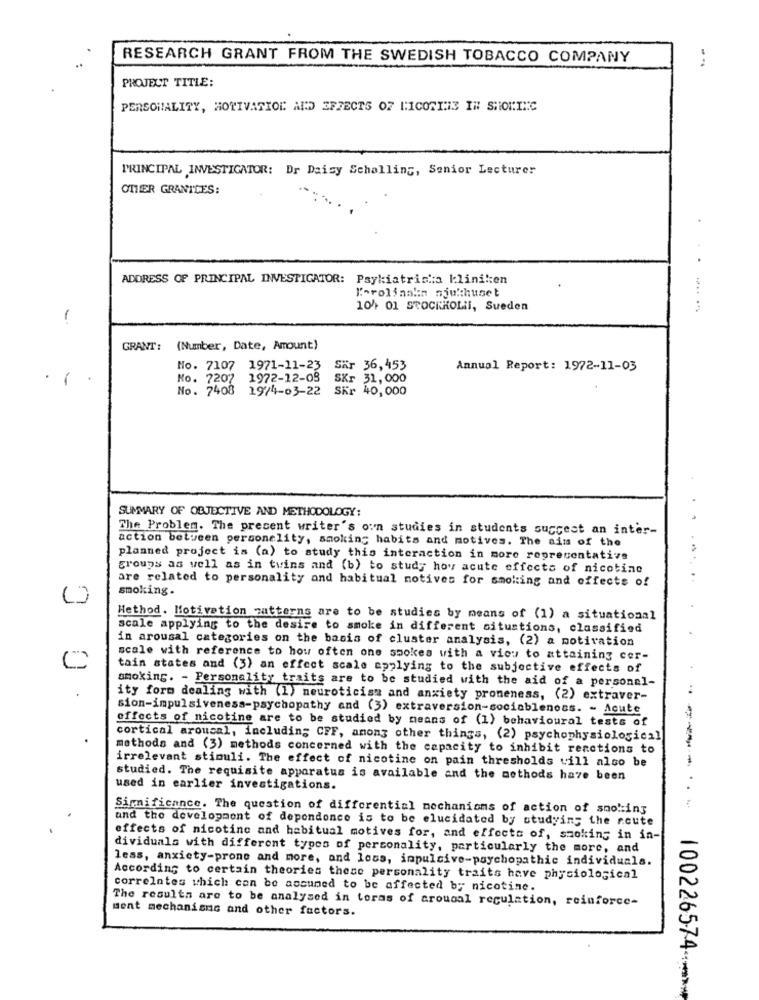
RESEARCH GRANT FROM THE SWEDISH TOBACCO COMPANY
PROJECT TITLE:
PERSONALITY, MOTIVATION AND EFFECTS OF 11COTIS IN SHOKINC
PRINCIPAL INVESTIGATOR: Dr Daisy Schalling, Senior Lecturer
OTHER GRANTLES:
ADDRESS OF PRINCIPAL INVESTIGATOR: Psykiatriska kliniken
Karolinska sjukhuset
10/ 01 STOCKKOLI, Sueden
....
1
GRANT: (Number, Date, Amount)
No. 7107 1971-11-23
Sär 36,453
Annual Report: 1972-11-03
1
No. 7207
1972-12-08
SKr 31, 000
No. 7408 19/4-03-22
SKr 40,000
SUMMARY OF OBJECTIVE AND METHODOLOGY:
The Problem. The present writer's oun studies in students succest an inter-
action between personelity, smoking habits and motives. The aim of the
planned project is (a) to study this interaction in more representative
groups as well as in twins and (b) to study hoy acute effects of nicotine
are related to personality and habitual motives for smoking and effects of
smoking.
Hethod. Motivation patterns are to be studies by means of (1) a situational
scale applying to the desire to smoke in different situations, classified
in arousal categories on the basis of cluster analysis, (2) a motivation
scale with reference to how often one smokes with a view to attaining cer-
tain states and (3) an effect scale applying to the subjective effects of
smoking. - Personality traits are to be studied with the aid of a personal-
ity form dealing with (1) neuroticist and anxiety proneness, (2) extraver-
sion-impulsiveness-psychopathy and (3) extraversion-sociableness. - Acute
effects of nicotine are to be studied by means of (1) behavioural tests of
cortical aroucal, including CFF, among other things, (2) psychophysiological
methods and (3) methods concerned with the capacity to inhibit reactions to
irrelevant stimuli. The effect of nicotine on pain thresholds vill also be
studied. The requisite apparatus is available and the methods have been
used in earlier investigations.
Significance. The question of differential mechanisms of action of smoking
--- --
and the development of dependence is to be elucidated by studying the acute
effects of nicotine and habitual motives for, and effects of, smoking in in-
dividuals with different types of personality, particularly the more, and
less, anxiety-prone and more, and loss, impulsive-psychopathic individuals.
According to certain theories these personality traits have physiological
correlates which can be assumed to be affected by nicotine.
The results are to be analysed in toras of arousal regulation, reinforce-
ment mechanisms and other factors.
100226574 -- >